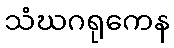
သံဃဂရုကေန